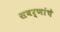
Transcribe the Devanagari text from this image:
सवर्णांचे